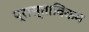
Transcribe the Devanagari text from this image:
प्रास्ताविकम